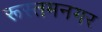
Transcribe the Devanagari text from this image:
रूस्तमनगर